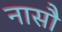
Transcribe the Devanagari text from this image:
नासौ